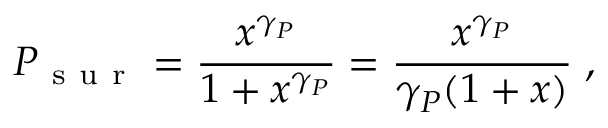
P _ { \mathrm { ~ s ~ u ~ r ~ } } = \frac { x ^ { \gamma _ { P } } } { 1 + x ^ { \gamma _ { P } } } = \frac { x ^ { \gamma _ { P } } } { \gamma _ { P } ( 1 + x ) } \; ,